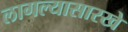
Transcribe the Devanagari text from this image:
लागल्यासारखे